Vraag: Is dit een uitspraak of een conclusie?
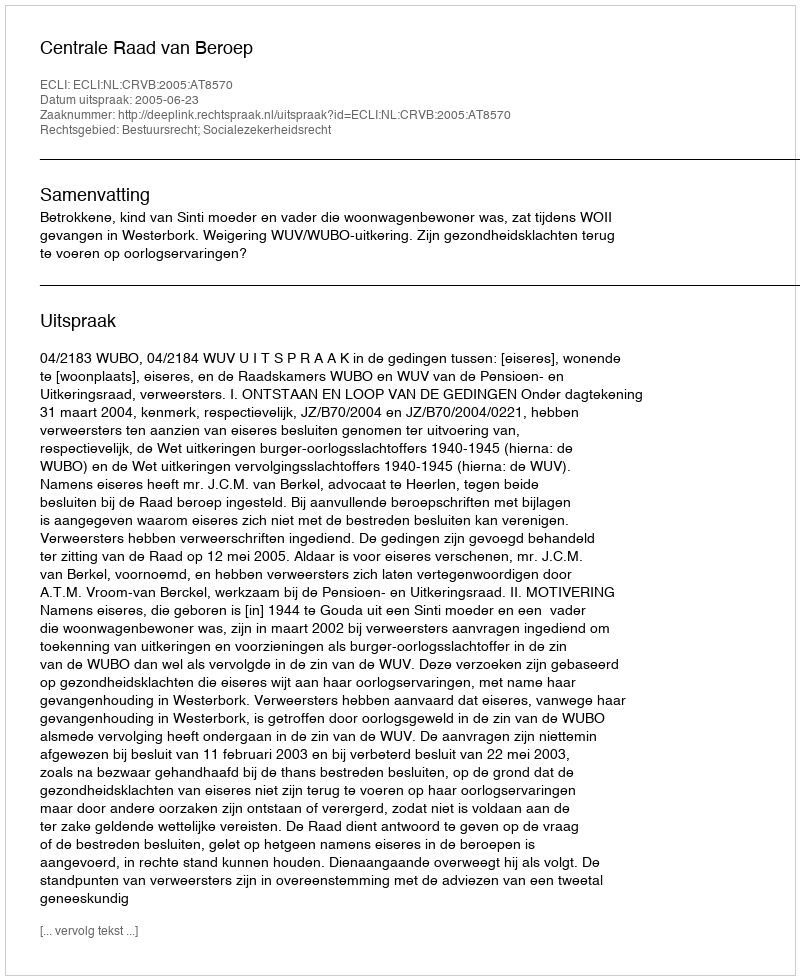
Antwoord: Uitspraak